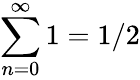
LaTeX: \sum_{n=0}^{\infty}1=1/2